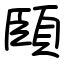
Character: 頣